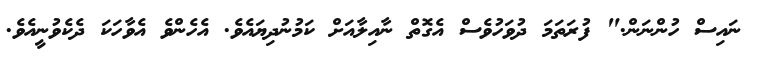
ނައިސް ހުންނަން." ފުރަތަމަ ދުވަހުވެސް އެގޮތް ނާއިލާއަށް ކަމުނުދިޔައެވެ. އެހެންވެ އެވާހަކަ ދެކެވުނީއެވެ.